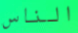
الناس